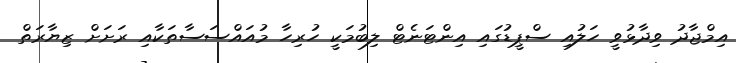
އިމްޖާދު ވިދާޅުވީ ހަލުއި ސްޕީޑުގައި އިންޓަނެޓް ލިބުމަކީ ހުރިހާ މުއައްސަސާތަކާއި ރަށަށް ޒިޔާރަތް